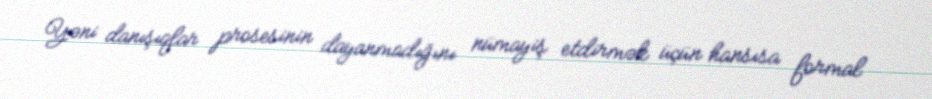
Yəni danışıqlar prosesinin dayanmadığını nümayiş etdirmək üçün hansısa formal